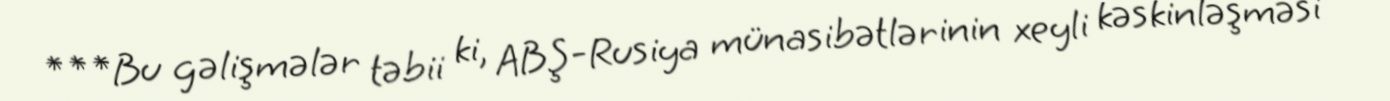
***Bu gəlişmələr təbii ki, ABŞ-Rusiya münasibətlərinin xeyli kəskinləşməsi